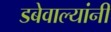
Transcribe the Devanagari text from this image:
डबेवाल्यांनी